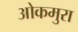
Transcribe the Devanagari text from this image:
ओकमुरा